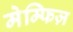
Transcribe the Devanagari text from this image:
मेम्फिज़